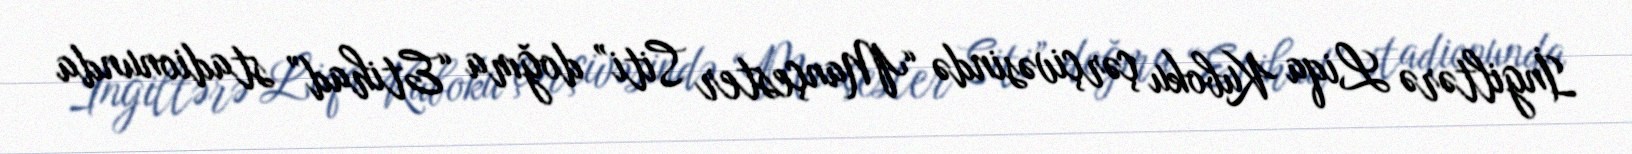
İngiltərə Liqa Kuboku çərçivəsində “Mançester Siti” doğma “Etihad” stadionunda